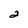
Character: 2